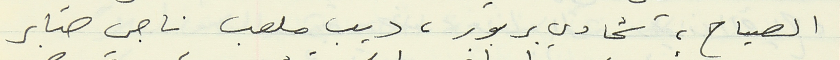
الصياح، شحادي بربور، ديب ملعب ناجي صابر